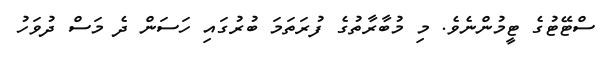
ސްޓޭޓުގެ ޓީމުންނެވެ. މި މުބާރާތުގެ ފުރަތަމަ ބުރުގައި ހަސަން ދެ މަސް ދުވަހު